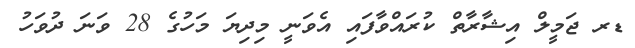
ޑރ ޖަމީލް އިޝާރާތް ކުރައްވާފައި އެވަނީ މިދިޔަ މަހުގެ 28 ވަނަ ދުވަހު